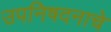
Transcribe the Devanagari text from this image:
उपनिषदनाचे